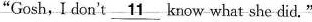
"Gosh, I don't \underline{11} know what she did."